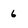
Character: 6